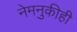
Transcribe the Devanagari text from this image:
नेमनुकीही